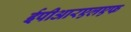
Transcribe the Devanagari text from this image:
ईपीआरएलएफ